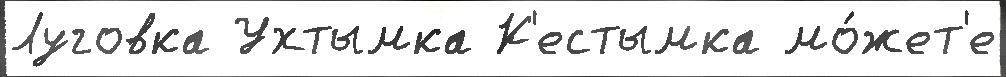
Луговка Ухтымка К'естымка мо́жет'е